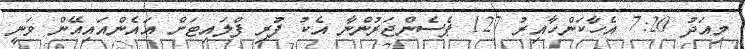
މިއަދު 7:20 އެހާކަންހާއިރު 127 ޕެސެންޖަރުންނާ އެކު ފުރި ފްލައިޓަށް އައެންއައިއޭން ވަނީ